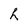
Character: h